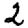
Digit: 2